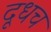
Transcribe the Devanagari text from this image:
दूधच